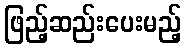
ဖြည့်ဆည်းပေးမည့်